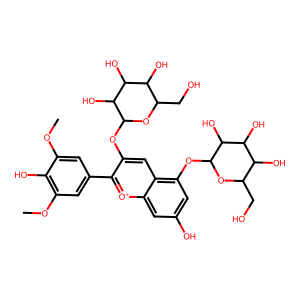
SMILES: COc1cc(-c2[o+]c3cc(O)cc(OC4OC(CO)C(O)C(O)C4O)c3cc2OC2OC(CO)C(O)C(O)C2O)cc(OC)c1O
Inhibits HIV replication: No